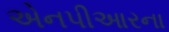
એનપીઆરના